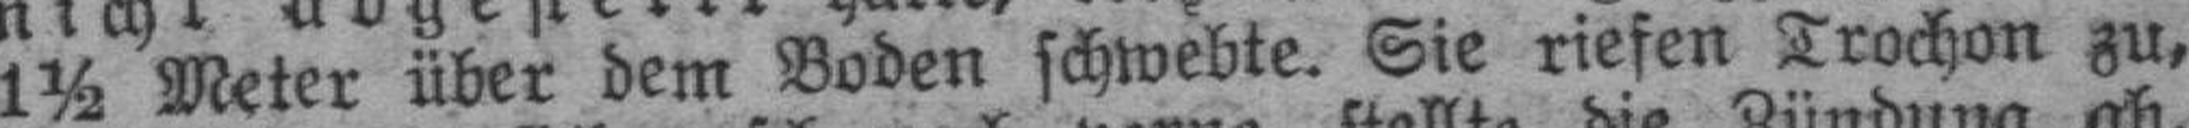
1½ Meter über dem Boden schwebte. Sie riefen Trochon zu,